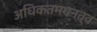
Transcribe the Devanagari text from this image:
अधिकतमघनत्व